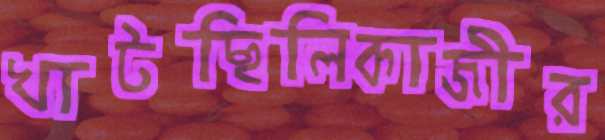
খাটছিলিকাজীর